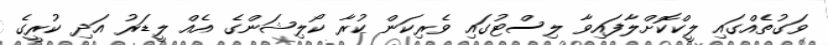
ވަގުތެއްގައި ލީކްކޮށްލާފައިވާ ލިސްޓުގައި ވެރިކަން ކުރާ ކޯލިޝަންގެ އެއް ލީޑަރު އަދި ކުރީގެ